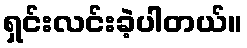
ရှင်းလင်းခဲ့ပါတယ်။